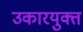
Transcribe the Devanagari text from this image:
उकारयुक्त